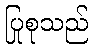
ပြုစုသည်